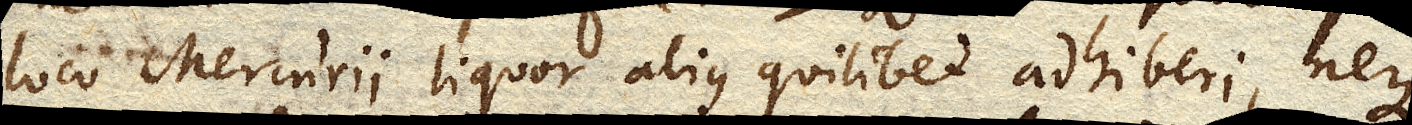
loco Mercurii liquor alius quilibet adhiberi, neque